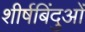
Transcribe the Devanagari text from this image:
शीर्षबिंदुओं